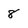
Character: 8